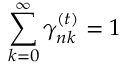
\sum _ { k = 0 } ^ { \infty } \gamma _ { n k } ^ { ( t ) } = 1